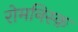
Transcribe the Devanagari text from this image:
रोमनिस्क़